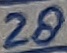
Text: 28